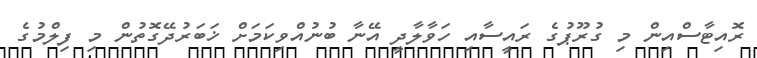
ރޮއިޓާސްއިން މި ގުރޫޕުގެ ރައީސާއި ހަވާލާދީ އޭނާ ބުނުއްވިކަމަށް ޚަބަރުދޭގޮތުން މި ފިލްމުގެ